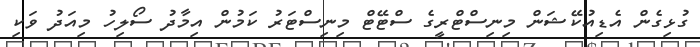
ގުޅިގެން އެޑިއުކޭޝަން މިނިސްޓްރީގެ ސްޓޭޓް މިނިސްޓަރު ކަމުން އިމާދު ސޯލިހު މިއަދު ވަކި